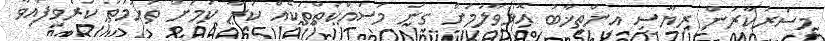
މިސަރުކާރުން ރިޔާސީ އިންތިޚާބު އޮޅުވާލުމަށް ގިނަ މަސައްކަތްތަކެއް ކުރާ ކަމަށް ތުހުމަތު ކުރެވިފައިވާ